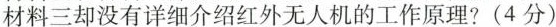
材料三却没有详细介绍红外无人机的工作原理?(4分)